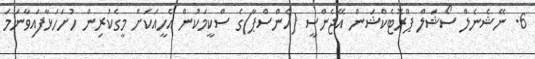
6. ނޭޝެނެލް ސޯޝަލް ޕްރޮޓެކްޝަން އޭޖެންސީ (އެންސްޕާ)ގެ ސްކީމަކުން އެހީއަކަށް މީގެކުރިން ހުށަހަޅާފައިވާނަމަ